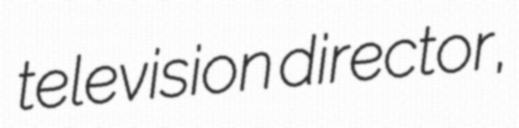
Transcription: television director,